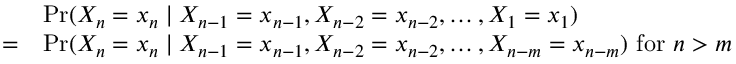
{ \begin{array} { r l } { } & { \operatorname* { P r } ( X _ { n } = x _ { n } \mid X _ { n - 1 } = x _ { n - 1 } , X _ { n - 2 } = x _ { n - 2 } , \dots , X _ { 1 } = x _ { 1 } ) } \\ { = } & { \operatorname* { P r } ( X _ { n } = x _ { n } \mid X _ { n - 1 } = x _ { n - 1 } , X _ { n - 2 } = x _ { n - 2 } , \dots , X _ { n - m } = x _ { n - m } ) { \mathrm { ~ f o r ~ } } n > m } \end{array} }